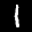
Label: 1